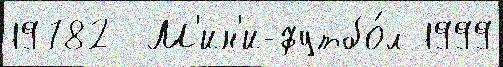
19782  М'ин'и-футбо́л 1999